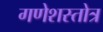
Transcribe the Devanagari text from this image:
गणेशस्तोत्र